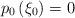
LaTeX: \begin{align*}p_0\left(\xi_0\right)=0\end{align*}